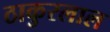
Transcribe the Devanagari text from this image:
ठाकुरलाल